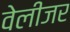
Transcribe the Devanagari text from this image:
वेलीजर